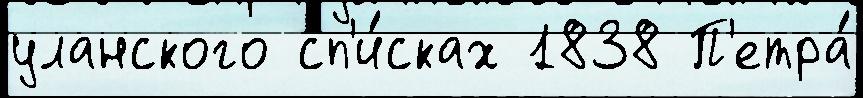
уланского сп'и́сках 1838 П'етра́